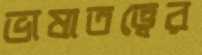
ভাষাতত্ত্বের